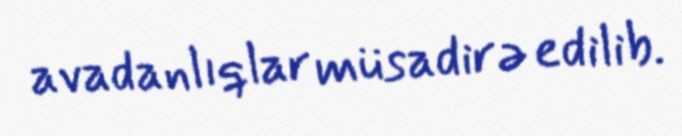
avadanlıqlar müsadirə edilib.